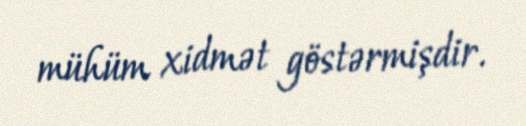
mühüm xidmət göstərmişdir.